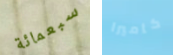
سبعمائة كاميرا